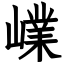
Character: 嶫